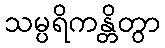
သမ္ပရိကန္တိတွာ